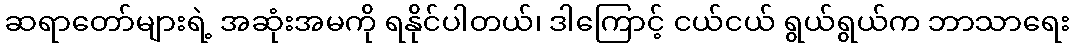
ဆရာတော်များရဲ့ အဆုံးအမကို ရနိုင်ပါတယ်၊ ဒါကြောင့် ငယ်ငယ် ရွယ်ရွယ်က ဘာသာရေး